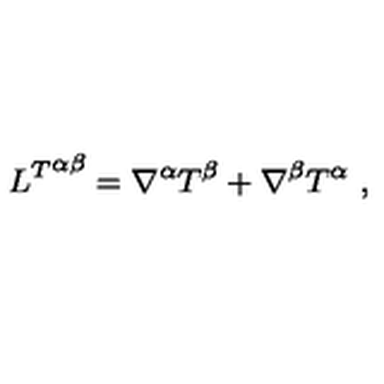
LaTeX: { L ^ { T } } ^ { \alpha \beta } = \nabla ^ { \alpha } T ^ { \beta } + \nabla ^ { \beta } T ^ { \alpha } \ ,